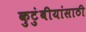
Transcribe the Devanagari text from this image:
कुटुंबीयांसाठी